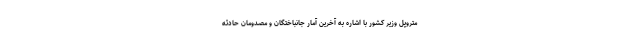
متروپل وزیر کشور با اشاره به آخرین آمار جانباختگان و مصدومان حادثه